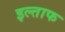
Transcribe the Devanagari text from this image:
इल्ताफ